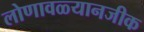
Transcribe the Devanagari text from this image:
लोणावळ्यानजीक